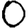
Digit: 0